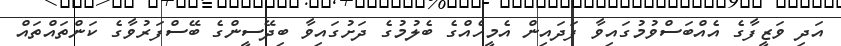
އަދި ވަޒީފާގެ އެއްބަސްވުމުގައިވާ ފަދައިން އެމީހެއްގެ ބެލުމުގެ ދަށުގައިވާ ބިދޭސީންގެ ބޭސްފަރުވާގެ ކަންތައްތައް